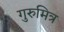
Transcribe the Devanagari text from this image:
गुरुमित्र